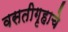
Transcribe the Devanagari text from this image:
वसतीगृहाचे